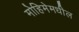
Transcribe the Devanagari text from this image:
मोहिमेमधील